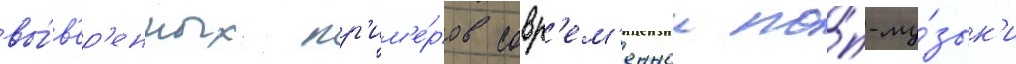
вы́в'ер'енных пр'им'е́ров совр'ем'еннои по́п-му́зык'и